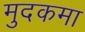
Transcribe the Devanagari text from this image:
मुदकमा